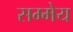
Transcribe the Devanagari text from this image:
सम्मेय